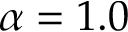
\alpha = 1 . 0